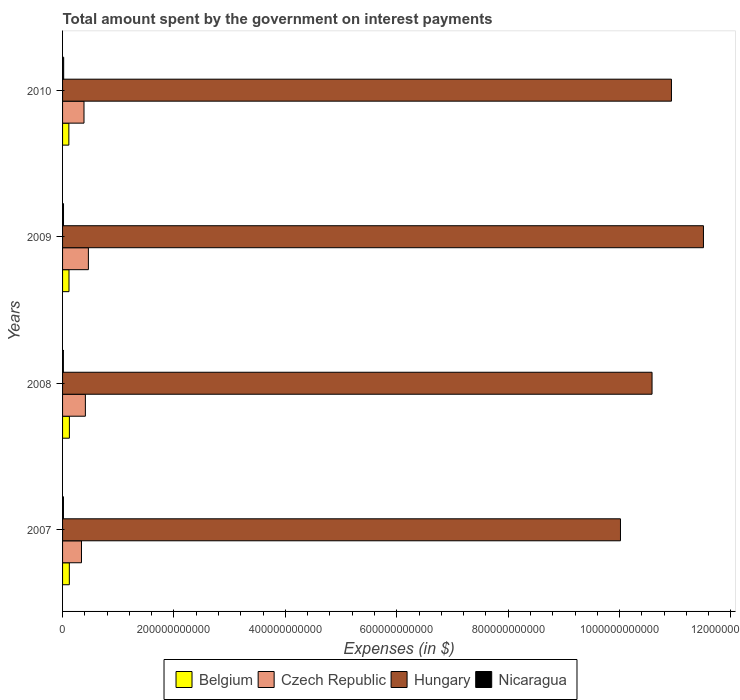
| Years | Belgium | Czech Republic | Hungary | Nicaragua |
 | --- | --- | --- | --- | --- |
 | 2007 | 1.21e+10 | 3.4e+10 | 1e+12 | 1.58e+09 |
 | 2008 | 1.23e+10 | 4.09e+10 | 1.06e+12 | 1.45e+09 |
 | 2009 | 1.16e+10 | 4.64e+10 | 1.15e+12 | 1.71e+09 |
 | 2010 | 1.13e+10 | 3.85e+10 | 1.09e+12 | 1.99e+09 |